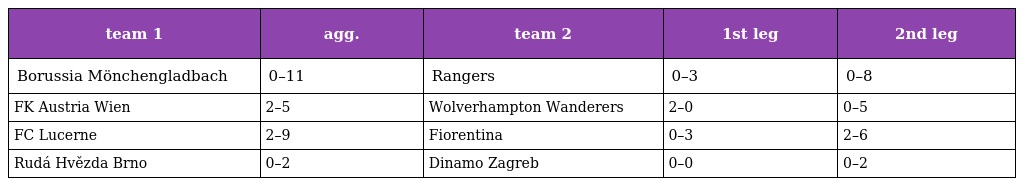
| team 1 | agg. | team 2 | 1st leg | 2nd leg |
 | --- | --- | --- | --- | --- |
 | Borussia Mönchengladbach | 0–11 | Rangers | 0–3 | 0–8 |
 | FK Austria Wien | 2–5 | Wolverhampton Wanderers | 2–0 | 0–5 |
 | FC Lucerne | 2–9 | Fiorentina | 0–3 | 2–6 |
 | Rudá Hvězda Brno | 0–2 | Dinamo Zagreb | 0–0 | 0–2 |